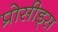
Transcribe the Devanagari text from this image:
प्रोसीड्स